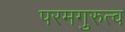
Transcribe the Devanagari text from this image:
परमगुरुत्व